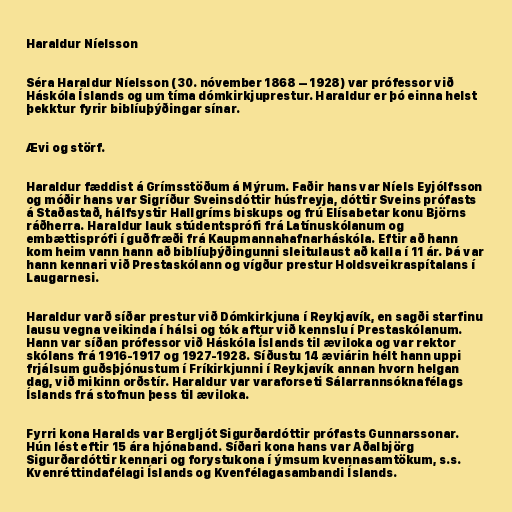
Haraldur Níelsson

Séra Haraldur Níelsson (30. nóvember 1868 – 1928) var prófessor við
Háskóla Íslands og um tíma dómkirkjuprestur. Haraldur er þó einna helst
þekktur fyrir biblíuþýðingar sínar.

Ævi og störf.

Haraldur fæddist á Grímsstöðum á Mýrum. Faðir hans var Níels Eyjólfsson
og móðir hans var Sigríður Sveinsdóttir húsfreyja, dóttir Sveins prófasts
á Staðastað, hálfsystir Hallgríms biskups og frú Elísabetar konu Björns
ráðherra. Haraldur lauk stúdentsprófi frá Latínuskólanum og
embættisprófi í guðfræði frá Kaupmannahafnarháskóla. Eftir að hann
kom heim vann hann að biblíuþýðingunni sleitulaust að kalla í 11 ár. Þá var
hann kennari við Prestaskólann og vígður prestur Holdsveikraspítalans í
Laugarnesi.

Haraldur varð síðar prestur við Dómkirkjuna í Reykjavík, en sagði starfinu
lausu vegna veikinda í hálsi og tók aftur við kennslu í Prestaskólanum.
Hann var síðan prófessor við Háskóla Íslands til æviloka og var rektor
skólans frá 1916-1917 og 1927-1928. Síðustu 14 æviárin hélt hann uppi
frjálsum guðsþjónustum í Fríkirkjunni í Reykjavík annan hvorn helgan
dag, við mikinn orðstír. Haraldur var varaforseti Sálarrannsóknafélags
Íslands frá stofnun þess til æviloka.

Fyrri kona Haralds var Bergljót Sigurðardóttir prófasts Gunnarssonar.
Hún lést eftir 15 ára hjónaband. Síðari kona hans var Aðalbjörg
Sigurðardóttir kennari og forystukona í ýmsum kvennasamtökum, s.s.
Kvenréttindafélagi Íslands og Kvenfélagasambandi Íslands.